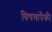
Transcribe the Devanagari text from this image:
विषयांपैकी